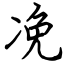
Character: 凂